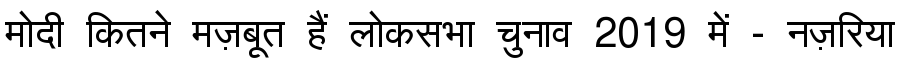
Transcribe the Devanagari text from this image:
मोदी कितने मज़बूत हैं लोकसभा चुनाव 2019 में - नज़रिया